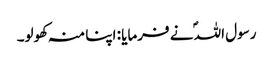
رسول اللہؐ نے فرمایا : اپنا منہ کھولو۔